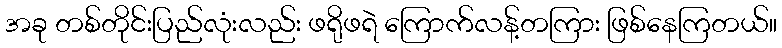
အခု တစ်တိုင်းပြည်လုံးလည်း ဖရိုဖရဲ ကြောက်လန့်တကြား ဖြစ်နေကြတယ်။